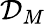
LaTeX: \mathcal{D}_{M}